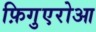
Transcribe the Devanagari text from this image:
फ़िगुएरोआ